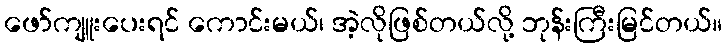
ဖော်ကျူးပေးရင် ကောင်းမယ်၊ အဲ့လိုဖြစ်တယ်လို့ ဘုန်းကြီးမြင်တယ်။